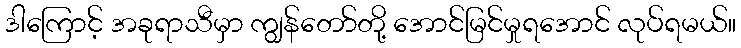
ဒါကြောင့် အခုရာသီမှာ ကျွန်တော်တို့ အောင်မြင်မှုရအောင် လုပ်ရမယ်။